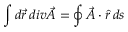
\int d \vec { r } \, d i v \vec { A } = \oint \vec { A } \cdot \hat { r } \, d s